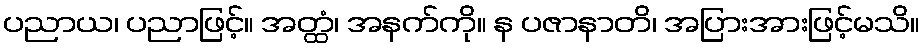
ပညာယ၊ ပညာဖြင့်။ အတ္ထံ၊ အနက်ကို။ န ပဇာနာတိ၊ အပြားအားဖြင့်မသိ။